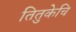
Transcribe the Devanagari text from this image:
तितुकेचि